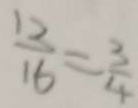
\frac { 1 2 } { 1 6 } = \frac { 3 } { 4 }